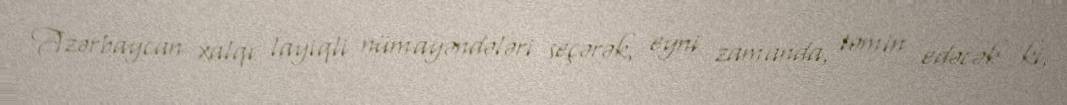
Azərbaycan xalqı layiqli nümayəndələri seçərək, eyni zamanda, təmin edəcək ki,